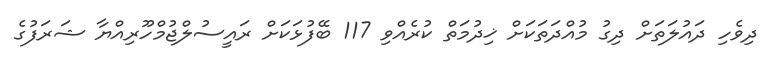
ދިވެހި ދައުލަތަށް ދިގު މުއްދަތަކަށް ޚިދުމަތް ކުރެއްވި 117 ބޭފުޅަކަށް ރައީސުލްޖުމްހޫރިއްޔާ ޝަރަފުގެ